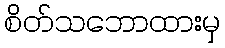
စိတ်သဘောထားမှ